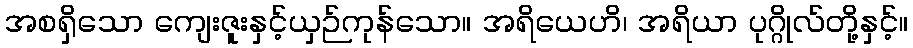
အစရှိသော ကျေးဇူးနှင့်ယှဉ်ကုန်သော။ အရိယေဟိ၊ အရိယာ ပုဂ္ဂိုလ်တို့နှင့်။